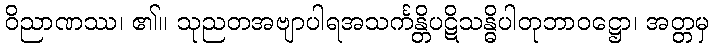
ဝိညာဏဿ၊ ၏။ သုညတအဗျာပါရအသင်္ကန္တိပဋိသန္ဓိပါတုဘာဝဋ္ဌော၊ အတ္တမှ